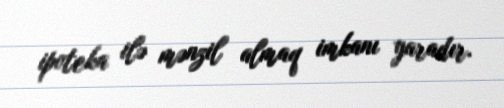
ipoteka ilə mənzil almaq imkanı yaradır.